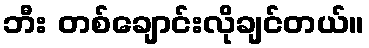
ဘီး တစ်ချောင်းလိုချင်တယ်။